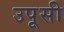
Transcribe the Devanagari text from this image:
उपूसी